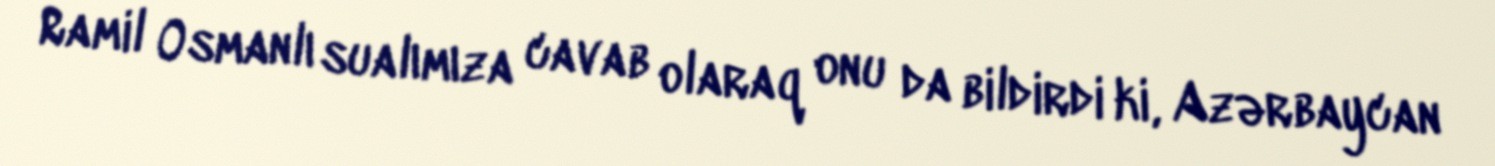
Ramil Osmanlı sualımıza cavab olaraq onu da bildirdi ki, Azərbaycan